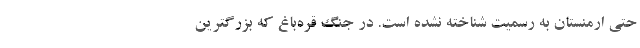
حتی ارمنستان به رسمیت شناخته نشده است. در جنگ قره‌باغ که بزرگترین